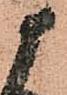
候